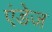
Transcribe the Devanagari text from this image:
एंडेज